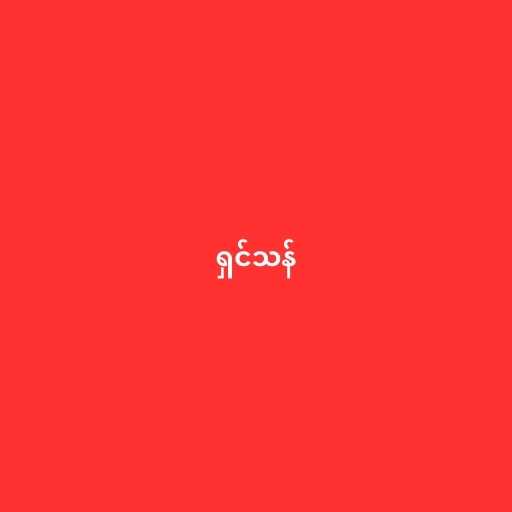
ရှင်သန်